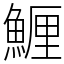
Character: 䱳